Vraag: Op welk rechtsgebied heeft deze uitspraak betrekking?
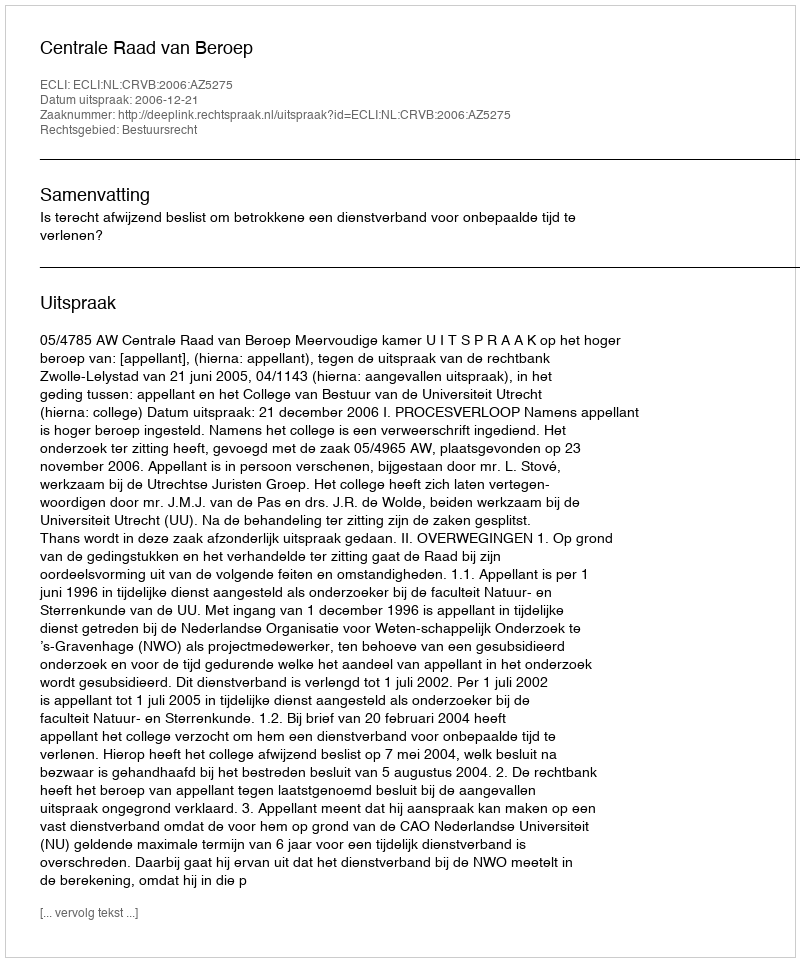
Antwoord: Bestuursrecht